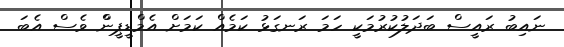
ނައިބު ރައީސް ބަދަލުކުރުމަކީ ހަމަ ރަނގަޅު ކަމެއް ކަމަށް އެމްްޑީޕީންް ވެސް އެބަ